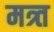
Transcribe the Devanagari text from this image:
मत्र्त